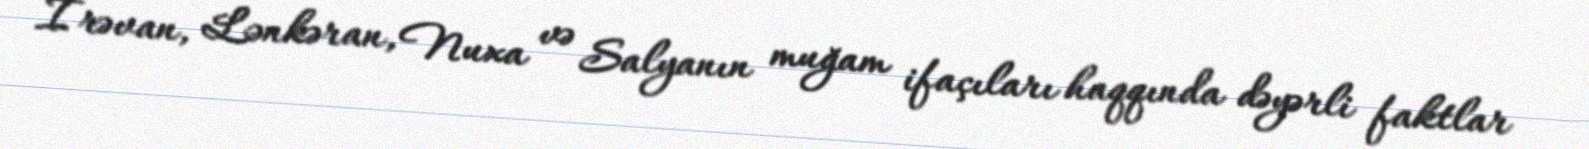
Irəvan, Lənkəran, Nuxa və Salyanın muğam ifaçıları haqqında dəyərli faktlar